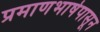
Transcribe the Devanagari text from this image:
प्रमाणभाषेपासून